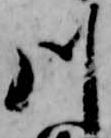
川